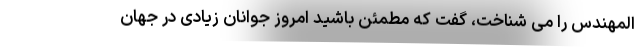
المهندس را می شناخت، گفت که مطمئن باشید امروز جوانان زیادی در جهان